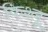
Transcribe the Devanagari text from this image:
किश्लू